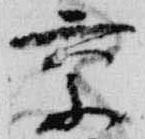
京